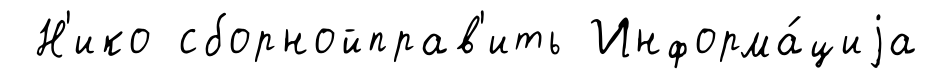
Н'ико сборнойправ'ить Информа́циjа